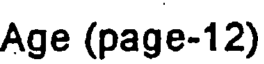
Age (page-12)